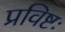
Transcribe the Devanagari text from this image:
प्रविष्टः